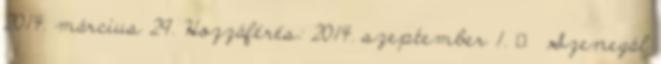
2014. március 29. Hozzáférés: 2014. szeptember 1. ↑ Szenegál